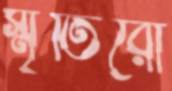
স্মৃতিরো